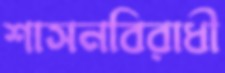
শাসনবিরাধী